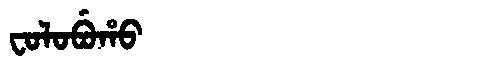
Manchu: ᠸᠣᠯᠣᠪᡠᡥᠣ
Romanization: FOLOBUHO